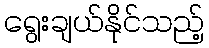
ရွေးချယ်နိုင်သည့်